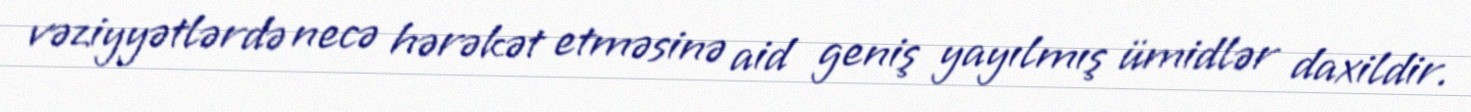
vəziyyətlərdə necə hərəkət etməsinə aid geniş yayılmış ümidlər daxildir.